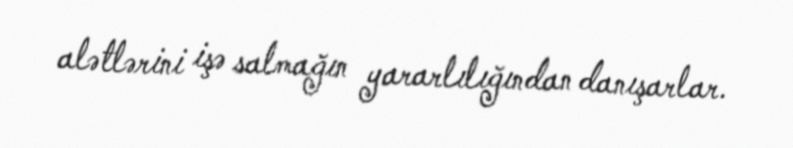
alətlərini işə salmağın yararlılığından danışarlar.